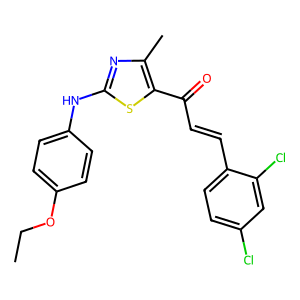
SMILES: CCOc1ccc(Nc2nc(C)c(C(=O)C=Cc3ccc(Cl)cc3Cl)s2)cc1
Inhibits HIV replication: No